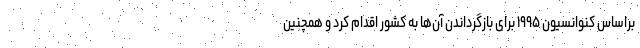
براساس کنوانسیون ۱۹۹۵ برای بازگرداندن آن‌ها به کشور اقدام کرد و همچنین